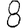
Digit: 8